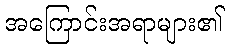
အကြောင်းအရာများ၏